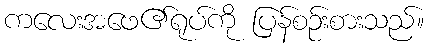
ကလေးအဖေ၏ရုပ်ကို ပြန်စဉ်းစားသည်။